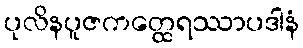
ပုလိနပူဇကတ္ထေရဿာပဒါနံ